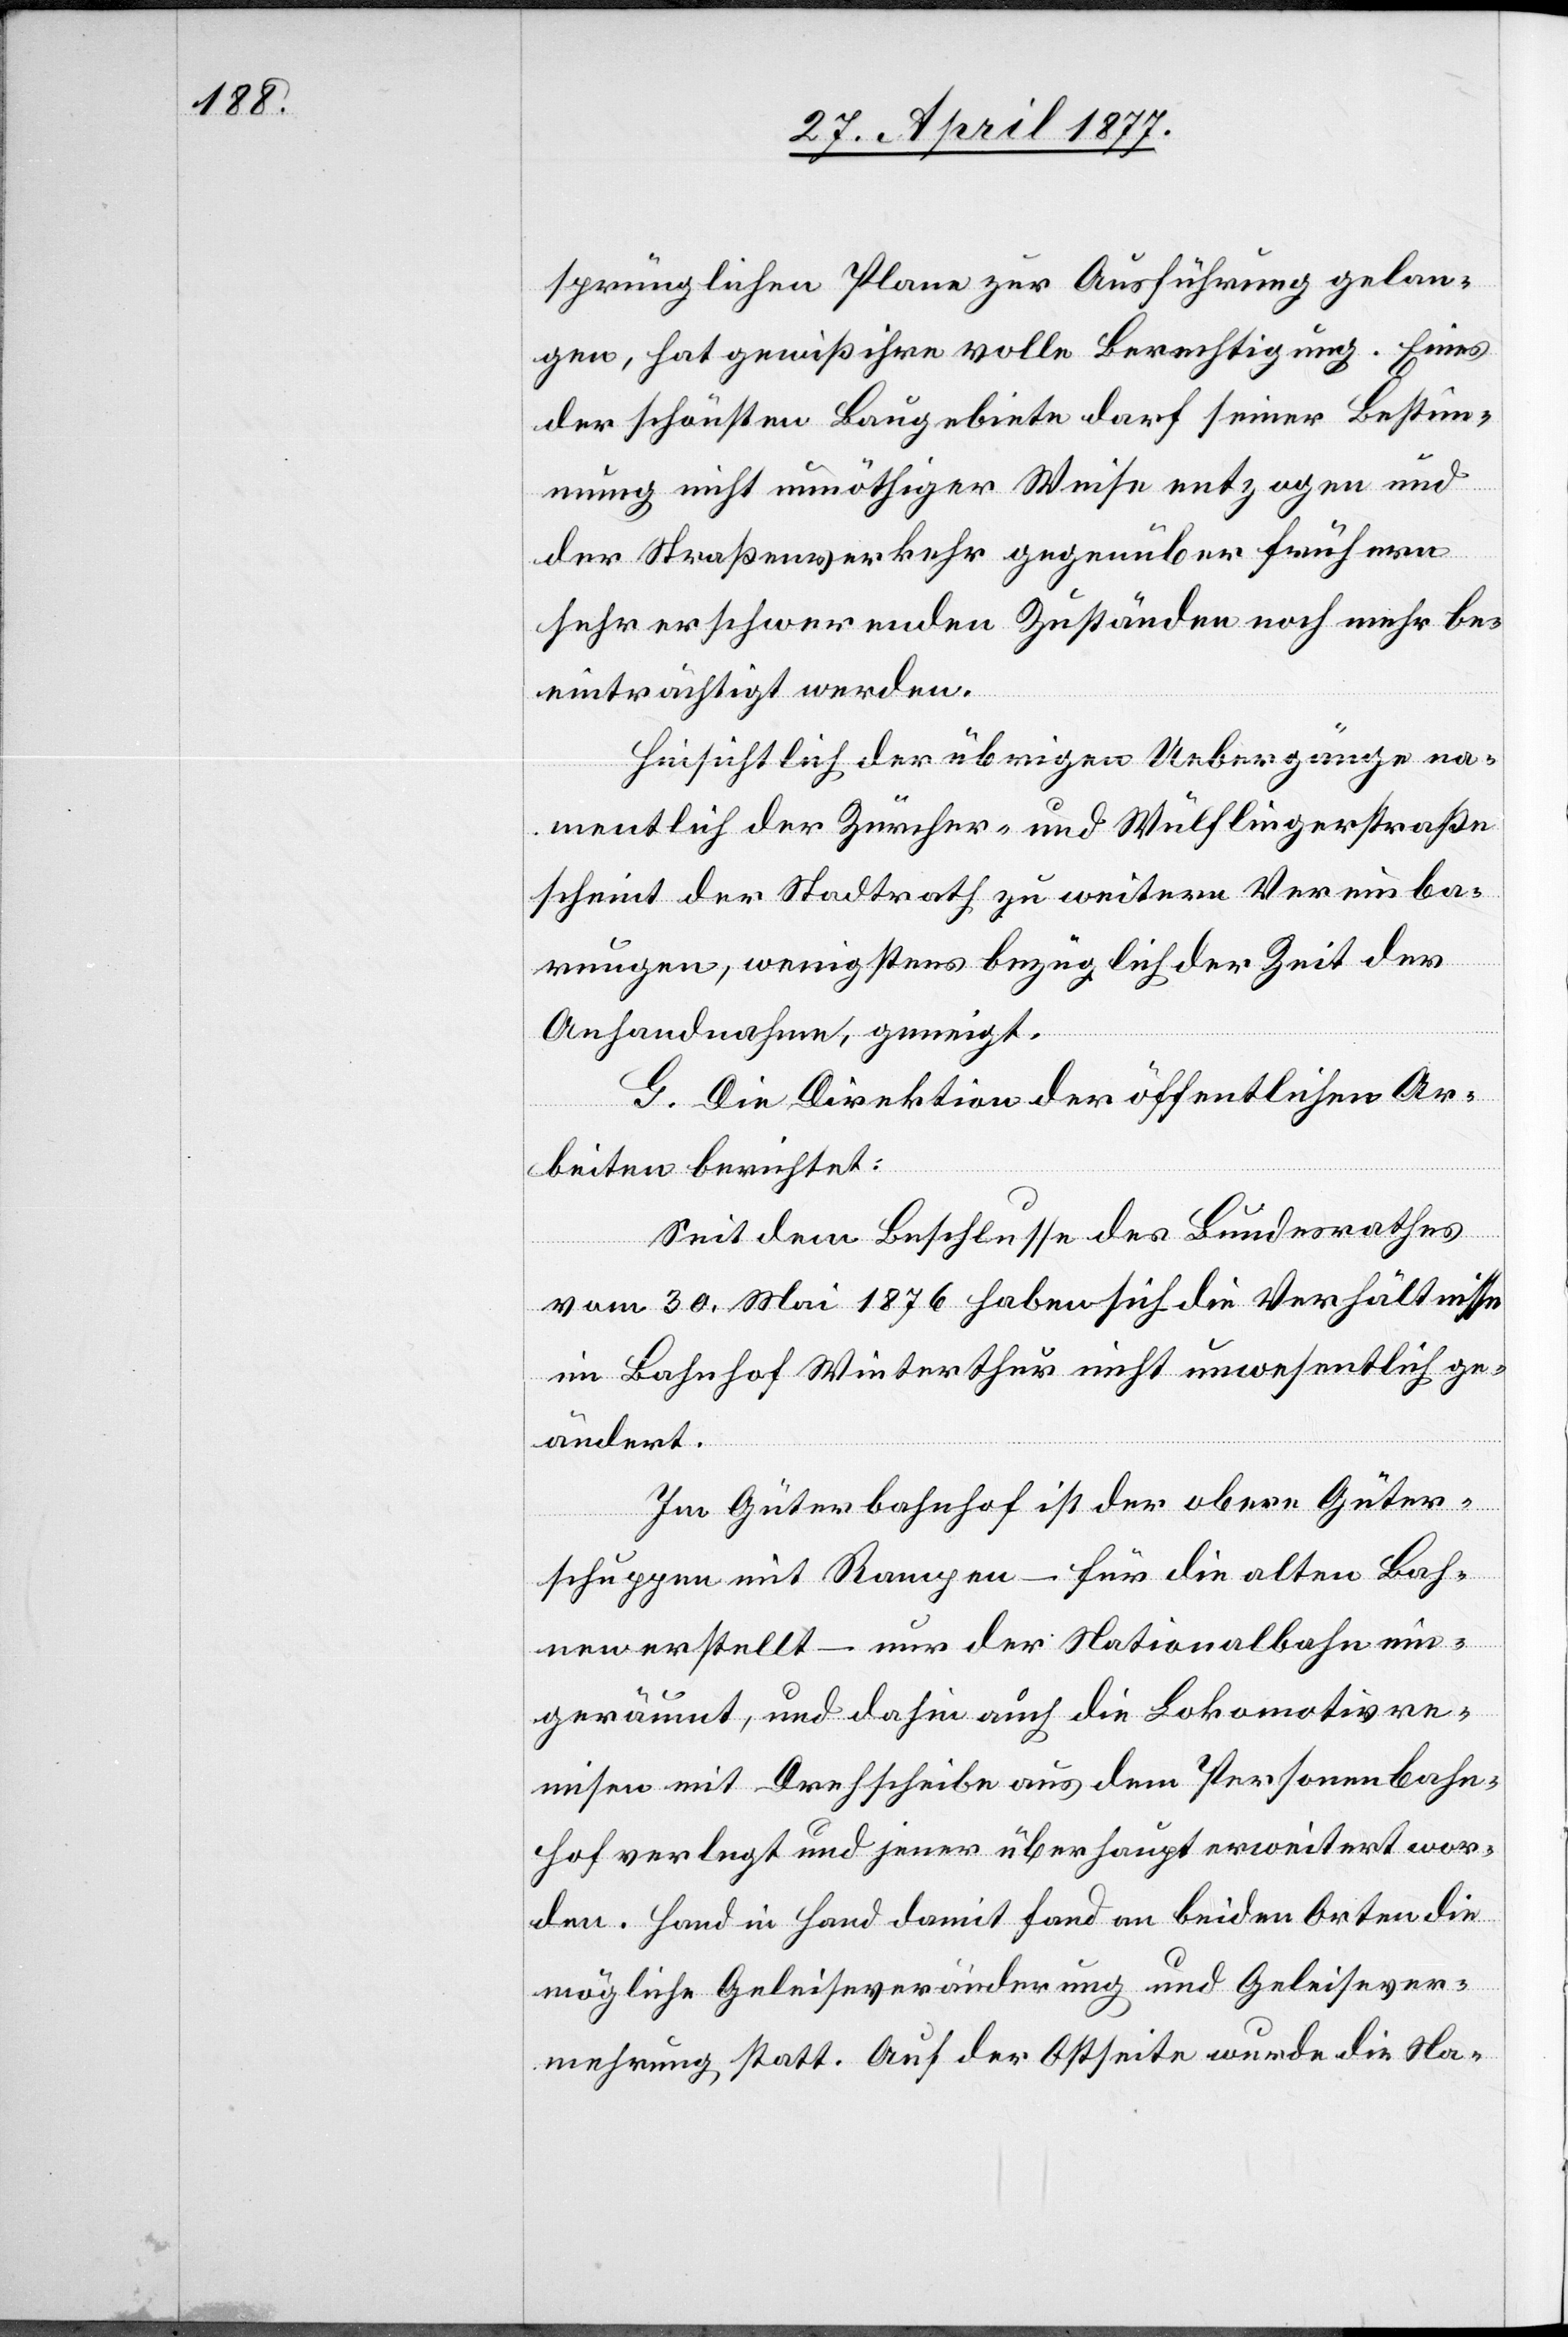
sprünglichen Plane zur Ausführung gelan¬
gen, hat gewiß ihre volle Berechtigung. Eines
der schönsten Baugebiete darf seiner Bestimm¬
ung nicht unnöthiger Weise entzogen und
der Straßenverkehr gegenüber frühern
sehr erschwerenden Zuständen noch mehr be¬
einträchtigt werden.
Hinsichtlich der übrigen Uebergänge na¬
mentlich der Zürcher- und Wülflingerstraße
scheint der Stadtrath zu weitern Vereinba¬
rungen, wenigstens bezüglich der Zeit der
Anhandnahme, geneigt.
G. Die Direktion der öffentlichen Ar¬
beiten berichtet:
Seit dem Beschlusse des Bundesrathes
vom 30. Mai 1876 haben sich die Verhältnisse
im Bahnhof Winterthur nicht unwesentlich ge¬
ändert.
Im Güterbahnhof ist der obere Güter¬
schuppen mit Rampen – für die alten Bah¬
nen erstellt – nur der Nationalbahn ein¬
geräumt, und dahin auch die Lokomotivre¬
misen mit Drehscheibe aus dem Personenbahn¬
hof verlegt und jener überhaupt erweitert wor¬
den. Hand in Hand damit fand an beiden Orten die
mögliche Geleiseveränderung und Geleisever¬
mehrung statt. Auf der Ostseite wurde die Na-